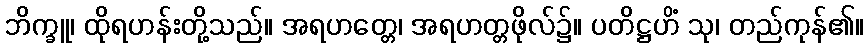
ဘိက္ခူ၊ ထိုရဟန်းတို့သည်။ အရဟတ္တေ၊ အရဟတ္တဖိုလ်၌။ ပတိဋ္ဌဟိံ သု၊ တည်ကုန်၏။